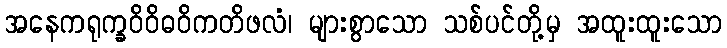
အနေကရုက္ခဝိဝိဓဝိကတိဖလံ၊ များစွာသော သစ်ပင်တို့မှ အထူးထူးသော